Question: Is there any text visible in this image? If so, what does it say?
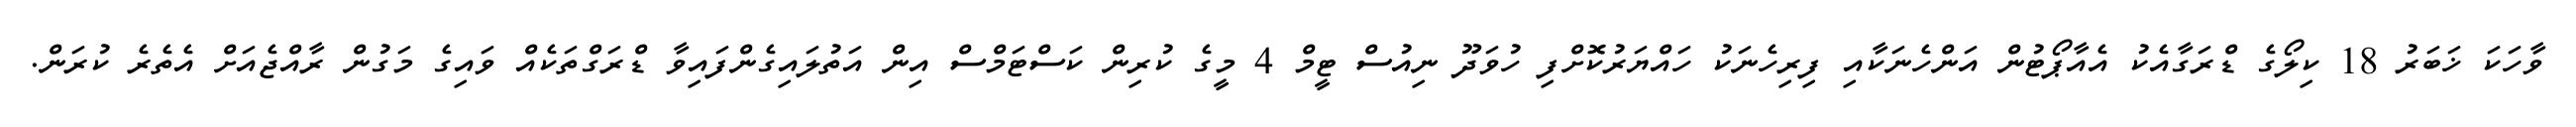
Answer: ވާހަކަ ޚަބަރު 18 ކިލޯގެ ޑްރަގާއެކު އެއާޕޯޓުން އަންހެނަކާއި ފިރިހެނަކު ހައްޔަރުކޮށްފި ހުވަދޫ ނިއުސް ޓީމް 4 މީގެ ކުރިން ކަސްޓަމްސް އިން އަތުލައިގެންފައިވާ ޑްރަގްތަކެއް ވައިގެ މަގުން ރާއްޖެއަށް އެތެރެ ކުރަން.